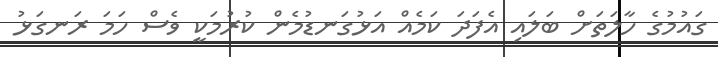
ގައުމުގެ ހާލަތަށް ބަލައި އެފަދަ ކަމެއް އަޅުގަނޑުމެން ކުރުމަކީ ވެސް ހަމަ ރަނގަޅު